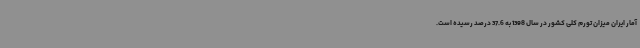
آمار ایران میزان تورم کلی کشور در سال 1398 به 37.6 درصد رسیده است.